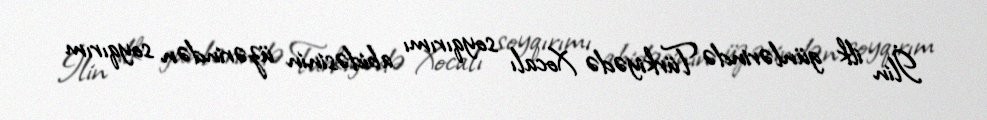
İlin ilk günlərində Türkiyədə Xocalı soyqırımı abidəsinin üzərindən soyqırım